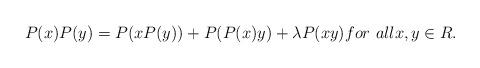
LaTeX: \begin{align*}P(x)P(y)=P(xP(y))+P(P(x)y)+\lambda P(xy) for\ allx,y\in R.\end{align*}